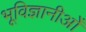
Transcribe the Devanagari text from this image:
भूविज्ञानीओँ